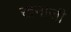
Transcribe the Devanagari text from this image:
खनाजी